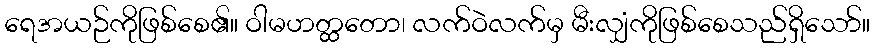
ရေအယဉ်ကိုဖြစ်စေ၏။ ဝါမဟတ္ထတော၊ လက်ဝဲလက်မှ မီးလျှံကိုဖြစ်စေသည်ရှိသော်။